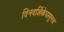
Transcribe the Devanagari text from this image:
दिनदर्शिकेपासूनच